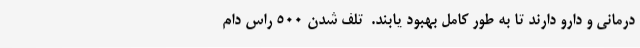
درمانی و دارو دارند تا به طور کامل بهبود یابند.  تلف شدن 500 راس دام